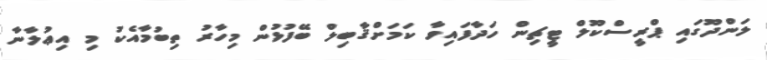
ލަންދޫގައި ޕްރީސްކޫލް ޓީޗިން ހަދާފައިވާ ކަމަށްޤާބިލް ބޭފުޅުން މިހާރު ތިބުމާއެކު މި އިޢުލާނާ